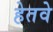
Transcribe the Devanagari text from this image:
हेतवे